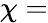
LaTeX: \chi=